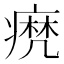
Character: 𤹈